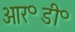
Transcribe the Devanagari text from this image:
आर॰डी॰